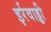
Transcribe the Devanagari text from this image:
इर्रवाड्डी